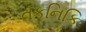
તકનિકિ